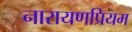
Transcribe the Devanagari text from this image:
नारायणप्रियम